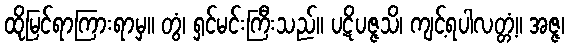
ထိုမြင်ရာကြားရာမှ။ တွံ၊ ရှင်မင်းကြီးသည်။ ပဋိပဇ္ဇသိ၊ ကျင့်ရပါလတ္တံ့။ အဇ္ဇ၊